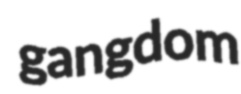
gangdom